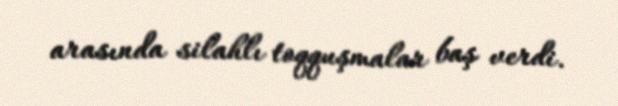
arasında silahlı toqquşmalar baş verdi.